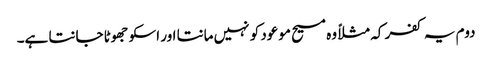
دوم یہ کفر کہ مثلاً وہ مسیح موعود کو نہیں مانتا اور اسکو جھوٹا جانتا ہے۔